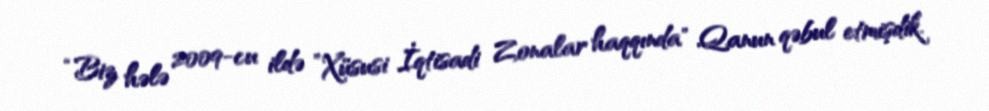
“Biz hələ 2009-cu ildə ”Xüsusi İqtisadi Zonalar haqqında" Qanun qəbul etmişdik.